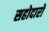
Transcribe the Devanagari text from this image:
सहोदारो